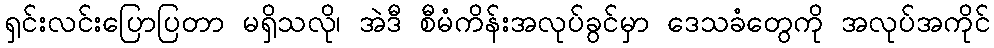
ရှင်းလင်းပြောပြတာ မရှိသလို၊ အဲဒီ စီမံကိန်းအလုပ်ခွင်မှာ ဒေသခံတွေကို အလုပ်အကိုင်